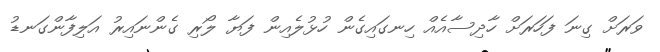
ވަރަށް ގިނަ ފަހަރަށް ހާދިސާއެއް ހިނގައިގެން ހުޅުލެއިން ފަޔާ ލޯރި ގެންނައިރު އަލިފާންގަނޑު